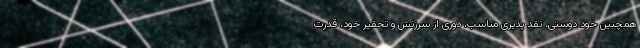
همچنین خود دوستی، نقد پذیری مناسب، دوری از سرزنش و تحقیر خود، قدرت